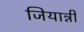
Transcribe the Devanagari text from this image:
जियान्नी